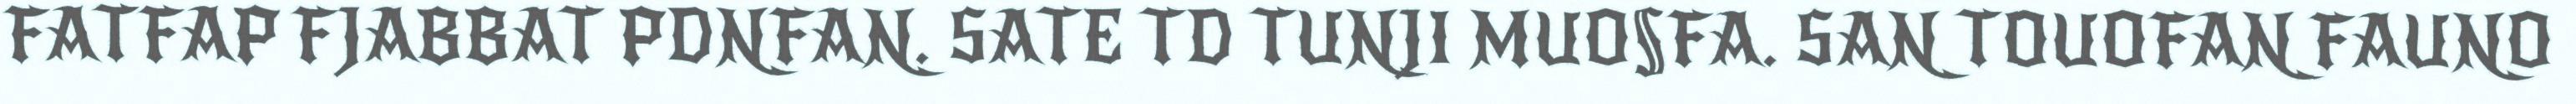
FATFAP FJABBAT PDNFAN. SATE TD TUNJI MUO§FA. SAN TOUOFAN FAUNO